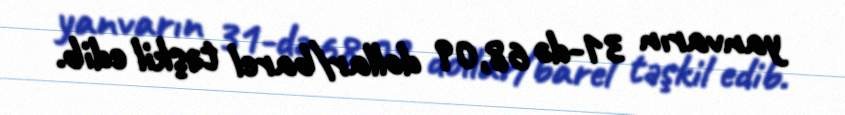
yanvarın 31-də 68,09 dollar/barel təşkil edib.